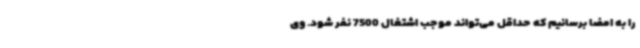
را به امضا برسانیم که حداقل می‌تواند موجب اشتغال 7500 نفر شود. وی